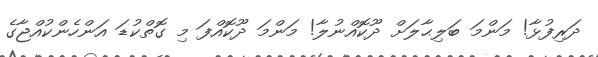
ދަރިފުޅާ! މަންމަ ބަލިޙާލަށް ދޫކޮއްނުލާ! މަންމަ ދޫކޮއްފަ މި ގޮތްކުޑަ އަންހެންކުއްޖާގެ